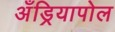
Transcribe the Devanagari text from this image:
अँड्रियापोल